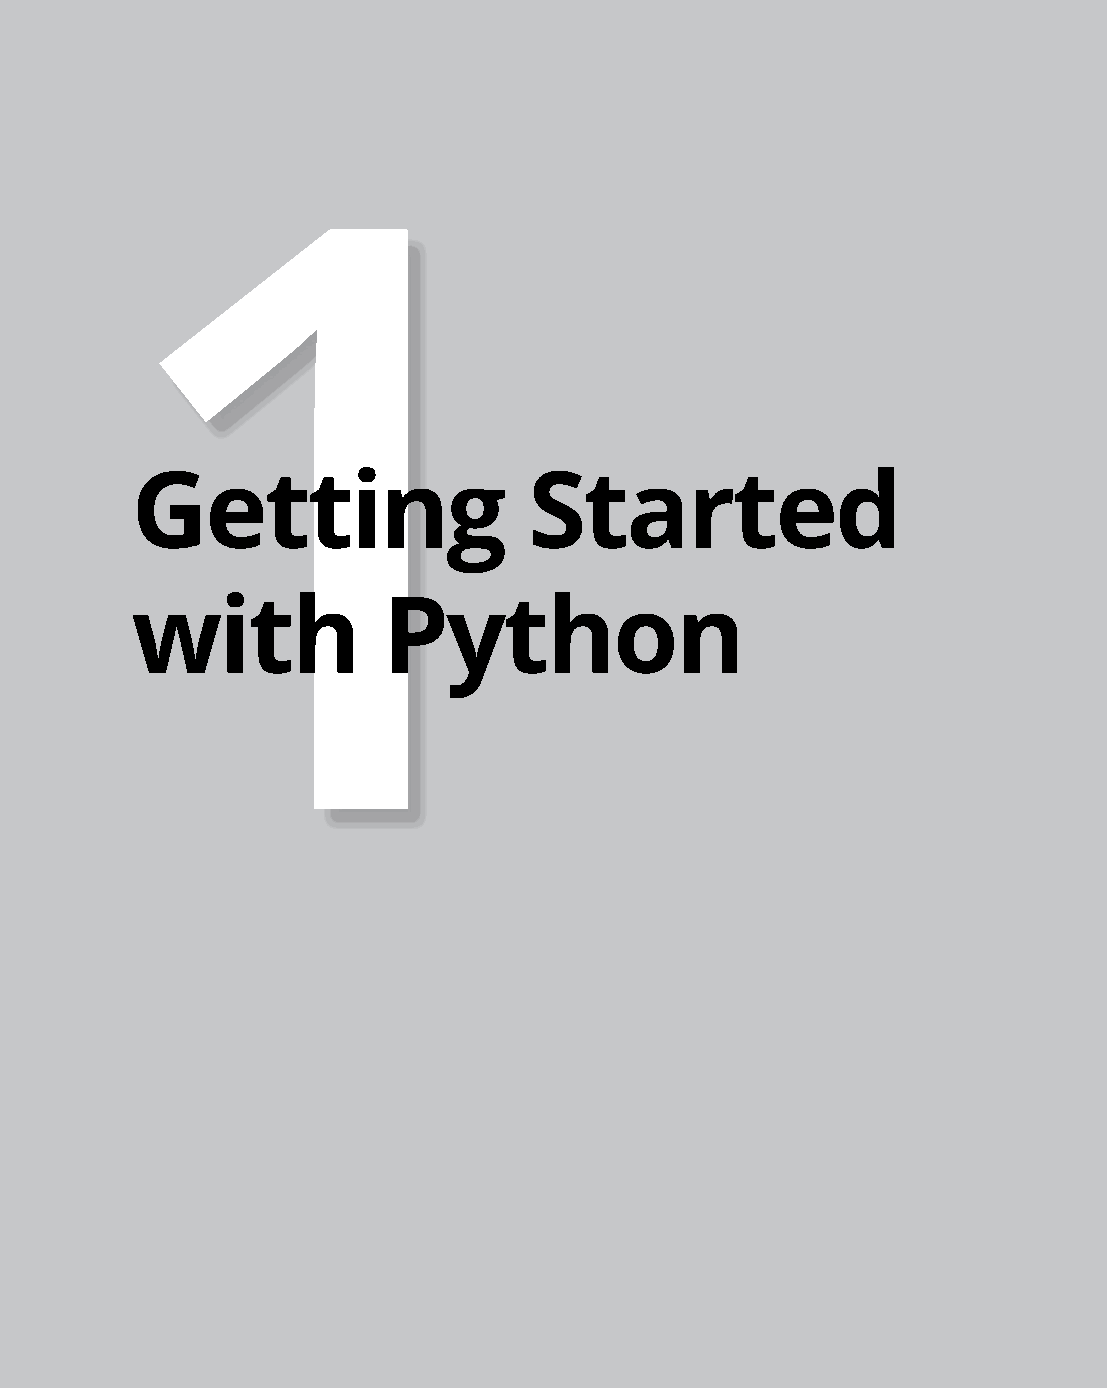
1
 Getting                   Started
 with            Python